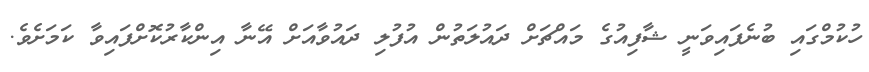
ހުކުމްގައި ބުނެފައިވަނީ ޝާފިއުގެ މައްޗަށް ދައުލަތުން އުފުލި ދައުވާއަށް އޭނާ އިންކާރުކޮށްފައިވާ ކަމަށެވެ.